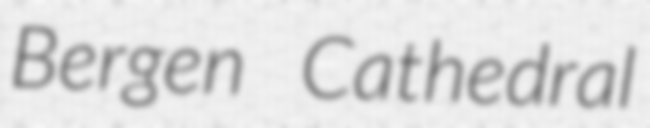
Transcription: Bergen Cathedral